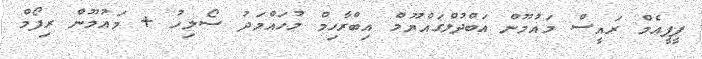
ޕީޕީއެމް ރައީސް މައުމޫން އަބްދުލްގައްޔޫމް އިބްރާހިމް މުހައްމަދު ސޯލިހު + މައުމޫން ރިފޯމް